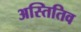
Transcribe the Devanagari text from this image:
अस्तितिव